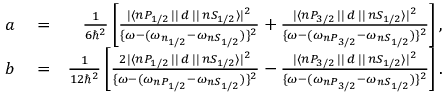
\begin{array} { r l r } { a } & { { } = } & { \frac { 1 } { 6 \hbar ^ { 2 } } \left[ \frac { | \langle n P _ { 1 / 2 } \, | | \, d \, | | \, n S _ { 1 / 2 } \rangle | ^ { 2 } } { \{ \omega - ( \omega _ { n _ { 1 / 2 } } - \omega _ { n S _ { 1 / 2 } } ) \} ^ { 2 } } + \frac { | \langle n P _ { 3 / 2 } \, | | \, d \, | | \, n S _ { 1 / 2 } \rangle | ^ { 2 } } { \{ \omega - ( \omega _ { n P _ { 3 / 2 } } - \omega _ { n S _ { 1 / 2 } } ) \} ^ { 2 } } \right] , } \\ { b } & { { } = } & { \frac { 1 } { 1 2 \hbar ^ { 2 } } \left[ \frac { 2 | \langle n P _ { 1 / 2 } \, | | \, d \, | | \, n S _ { 1 / 2 } \rangle | ^ { 2 } } { \{ \omega - ( \omega _ { n P _ { 1 / 2 } } - \omega _ { n S _ { 1 / 2 } } ) \} ^ { 2 } } - \frac { | \langle n P _ { 3 / 2 } \, | | \, d \, | | \, n S _ { 1 / 2 } \rangle | ^ { 2 } } { \{ \omega - ( \omega _ { n P _ { 3 / 2 } } - \omega _ { n S _ { 1 / 2 } } ) \} ^ { 2 } } \right] . } \end{array}